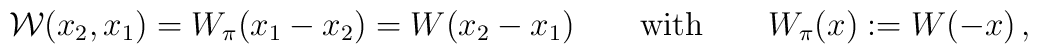
{\cal W}(x_2, x_1) = W_\pi(x_1-x_2) = W(x_2-x_1) \qquad \mbox{with}\qquad W_\pi(x) := W(-x)\,,